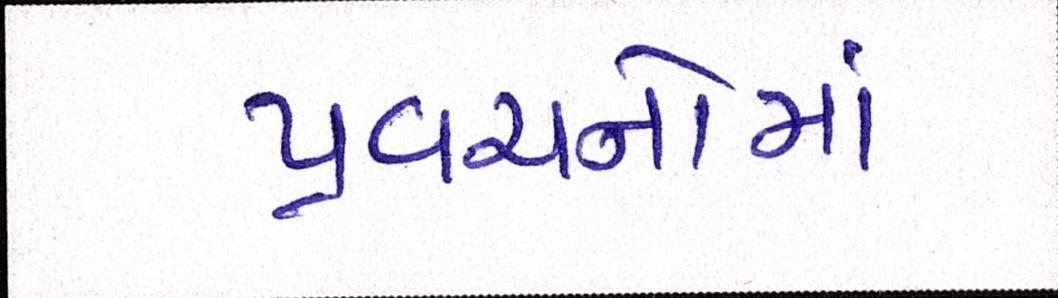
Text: પ્રવચનોમાં